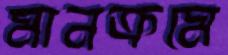
মানক্রমে